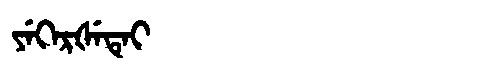
Manchu: ᠶᡝᡴᡝᡵᡧᡝᡨᡝᡳ
Romanization: YEKERŠETEI